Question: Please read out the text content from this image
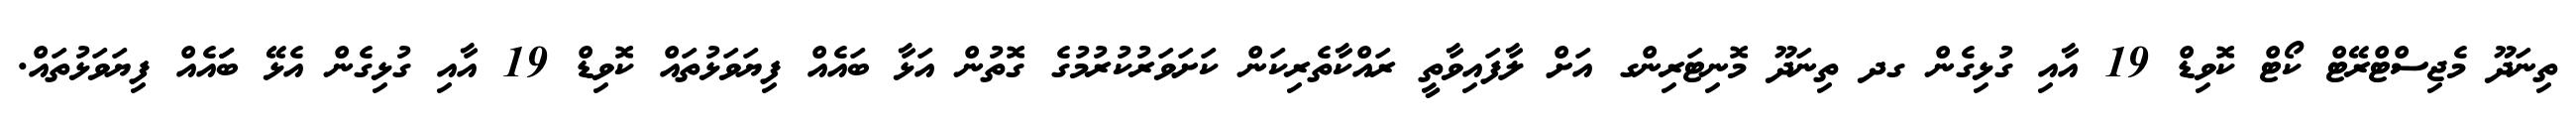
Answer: ތިނަދޫ މެޖިސްޓްރޭޓް ކޯޓް ކޮވިޑް 19 އާއި ގުޅިގެން ގދ ތިނަދޫ މޮނިޓަރިންގ އަށް ލާފައިވާތީ ރައްކާތެރިކަން ކަށަވަރުކުރުމުގެ ގޮތުން އަޅާ ބައެއް ފިޔަވަޅުތައް ކޮވިޑް 19 އާއި ގުޅިގެން އެޅޭ ބަައެއް ފިޔަވަޅުތައް.